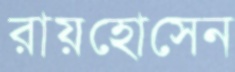
রায়হোসেন